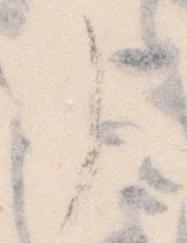
了